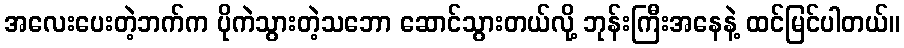
အလေးပေးတဲ့ဘက်က ပိုကဲသွားတဲ့သဘော ဆောင်သွားတယ်လို့ ဘုန်းကြီးအနေနဲ့ ထင်မြင်ပါတယ်။